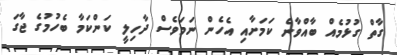
ގާތް ގުޅުމެއް ބާއްވާނެ ކަމަށާއި އެހެން ނަމަވެސް ދާހިލީ ކަންކަމާ ބެހުމުގެ ޖާގަ